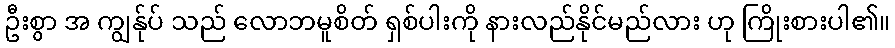
ဦးစွာ အ ကျွန်ုပ် သည် လောဘမူစိတ် ရှစ်ပါးကို နားလည်နိုင်မည်လား ဟု ကြိုးစားပါ၏။